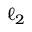
\ell _ { 2 }